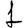
Digit: 1